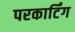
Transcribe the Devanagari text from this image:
परकार्टिंग